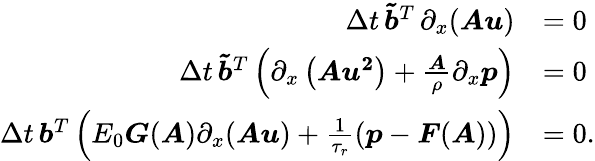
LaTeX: \begin{array}{rl}{\Delta t\, \boldsymbol{\tilde{b}}^{T}\, \partial_{x}(\boldsymbol{Au})}&{=0}\\ {\Delta t\, \boldsymbol{\tilde{b}}^{T}\left(\partial_{x}\left(\boldsymbol{Au^{2}}\right)+\frac{\boldsymbol{A}}{\rho}\partial_{x}\boldsymbol{p}\right)}&{=0}\\ {\Delta t\, \boldsymbol{b}^{T}\left(E_{0}\boldsymbol{G}(\boldsymbol{A})\partial_{x}(\boldsymbol{Au})+\frac{1}{\tau_{r}}\left(\boldsymbol{p}-\boldsymbol{F}(\boldsymbol{A})\right)\right)}&{=0.}\end{array}